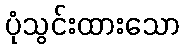
ပုံသွင်းထားသော